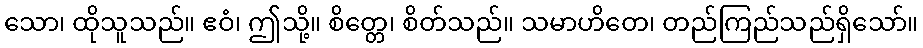
သော၊ ထိုသူသည်။ ဧဝံ၊ ဤသို့။ စိတ္တေ၊ စိတ်သည်။ သမာဟိတေ၊ တည်ကြည်သည်ရှိသော်။